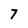
Character: 7